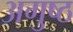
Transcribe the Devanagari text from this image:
अगुष्ठ